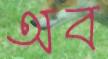
অব